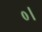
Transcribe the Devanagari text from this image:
०।